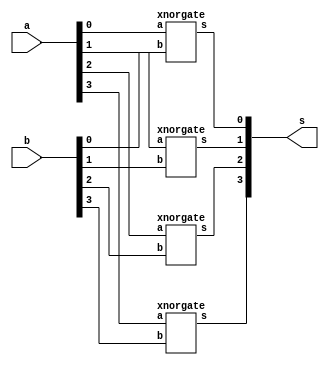
// -------------------------
// Exemplo0023  COMPARADOR IGUALDADE
// Nome: Gustavo Barbosa


module comparaIgualdade (output [3:0] s, input [3:0] a, input [3:0] b);

   xnorgate XNOR1(s[0],a[0],b[0]);
   xnorgate XNOR2(s[1],a[1],b[1]);
   xnorgate XNOR3(s[2],a[2],b[2]);
   xnorgate XNOR4(s[3],a[3],b[3]);

endmodule

module xnorgate (output s, input a, input b);
  
  assign s = ~(a ^ b);

endmodule

module andgate (output s, input a, input b);

  assign s = a & b;

endmodule

module notgate (output s, input a);

  assign s = ~a;

endmodule

module xorgate (output s, input a, input b);

  assign s = a ^ b;

endmodule

module orgate (output s, input a, input b);
  
  assign s = a | b;

endmodule

module test_comp;
//definir dados
      reg [3:0] x; 
      reg [3:0] y;
      wire [3:0] eq;

      comparaIgualdade COMP1(eq,x,y);

 
// parte principal
 initial begin 
      $display("Exemplo0023 - Gustavo Barbosa - 427410");
      $display("Test ALUs comparador igualdade"); 
		
      #1 x=4'b0000; y=4'b0000;
      $monitor("%4b %4b = %4b",x,y,eq);      
      #1 x=4'b0110; y=4'b0100;
      #1 x=4'b0111; y=4'b0111;
      #1 x=4'b0101; y=4'b0111;
      #1 x=4'b0011; y=4'b0100;
      #1 x=4'b0100; y=4'b0010;
       
 end  
endmodule